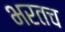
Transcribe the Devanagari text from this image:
भरतच